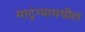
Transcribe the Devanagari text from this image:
माटुंग्यामधील